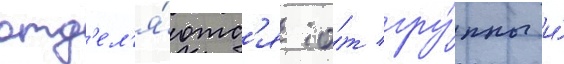
отд'ел'я́ютс'я о́т гру́ппы и́